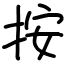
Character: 按